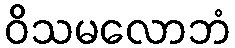
ဝိသမလောဘံ